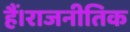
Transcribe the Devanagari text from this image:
हैं।राजनीतिक